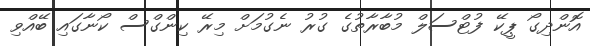
އޮންދިގޯ ޕީކޭ ފުޓްސަލް މުބާރާތުގެ ގުރު ނެގުމަށް މިރޭ ކިންގްސް ކޯނާގައި ބޭއްވި